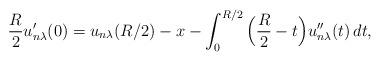
LaTeX: \begin{align*}\frac{R}{2}u_{n\lambda}^{\prime}(0)= u_{n\lambda}(R/2) -x -\int_0^{R/2} \Big( \frac{R}{2} -t \Big) u_{n\lambda}^{\prime\prime}(t)\, dt,\end{align*}